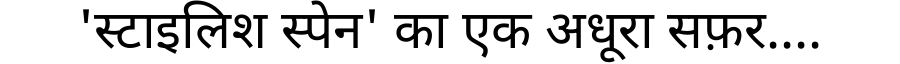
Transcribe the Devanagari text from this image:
'स्टाइलिश स्पेन' का एक अधूरा सफ़र....